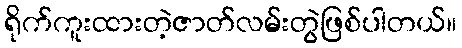
ရိုက်ကူးထားတဲ့ဇာတ်လမ်းတွဲဖြစ်ပါတယ်။